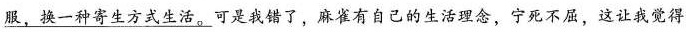
\underline{服，换一种寄生方式生活。}可是我错了，麻雀有自己的生活理念，宁死不屈，这让我觉得